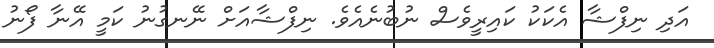
އަދި ނިފްޝާ އެކަކު ކައިރީވެސް ނުބުނެއެވެ. ނިފްޝާއަށް ނޭނގުނު ކަމީ އޭނާ ފޯނު